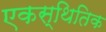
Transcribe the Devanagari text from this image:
एकस्थितिक